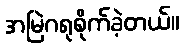
အမြဲဂရုစိုက်ခဲ့တယ်။